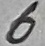
Text: 6